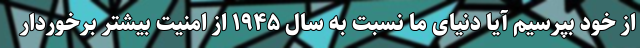
از خود بپرسیم آیا دنیای ما نسبت به سال ۱۹۴۵ از امنیت بیشتر برخوردار